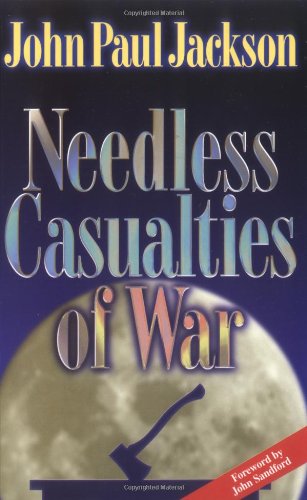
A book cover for Needless Casualties of War; John Paul Jackson; Christian Books & Bibles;